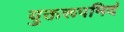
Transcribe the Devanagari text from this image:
युक्तरूपमिदं